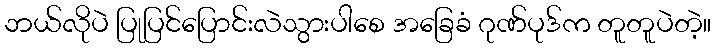
ဘယ်လိုပဲ ပြုပြင်ပြောင်းလဲသွားပါစေ အခြေခံ ဂုဏ်ပုဒ်က တူတူပဲတဲ့။